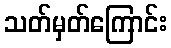
သတ်မှတ်ကြောင်း